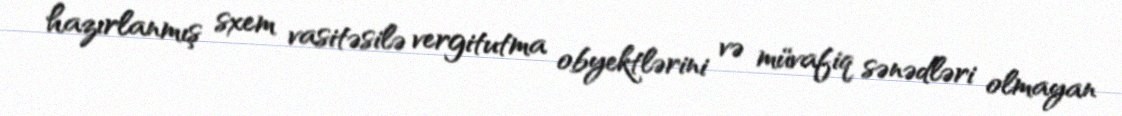
hazırlanmış sxem vasitəsilə vergitutma obyektlərini və müvafiq sənədləri olmayan